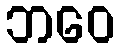
ဘဝေ